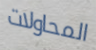
المحاولات